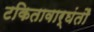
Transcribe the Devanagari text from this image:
टकितावार्घंतौ